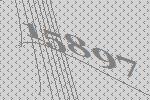
15897